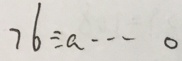
7 6 \div a \cdots 0